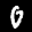
Label: 0